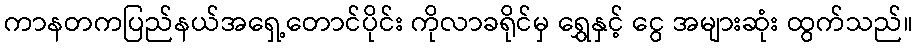
ကာနတကပြည်နယ်အရှေ့တောင်ပိုင်း ကိုလာခရိုင်မှ ရွှေနှင့် ငွေ အများဆုံး ထွက်သည်။